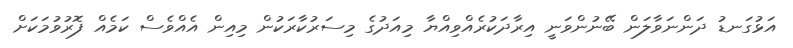
އަޅުގަނޑު ދަންނަވާލަން ބޭނުންވަނީ އިރާދަކުރެއްވިއްޔާ މިއަދުގެ މިސަރުކާރަކުން މިއިން އެއްވެސް ކަމެއް ފޮރުވުމަކަށް